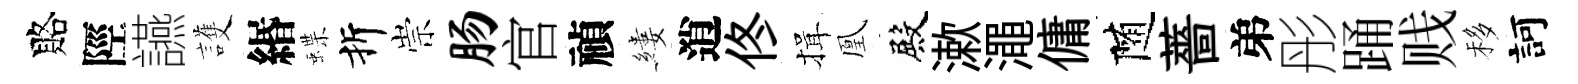
賂陘讌護緡蝶折崇肠官禎縷逍佟揖凰殿漱澠傭随薔弟彤踊贱移訶